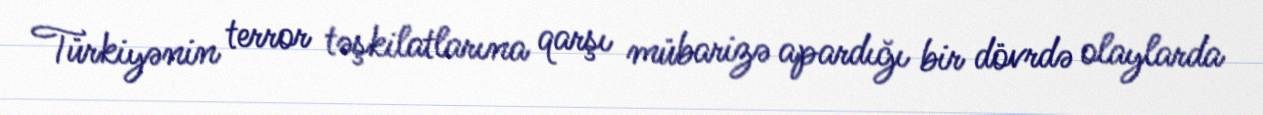
Türkiyənin terror təşkilatlarına qarşı mübarizə apardığı bir dövrdə olaylarda